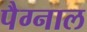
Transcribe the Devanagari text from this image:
पैग्नाल